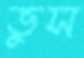
ভুস